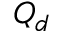
Q _ { d }